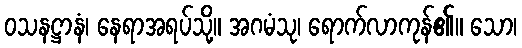
ဝသနဋ္ဌာနံ၊ နေရာအရပ်သို့။ အဂမံသု၊ ရောက်လာကုန်၏။ သော၊